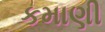
કમાણી